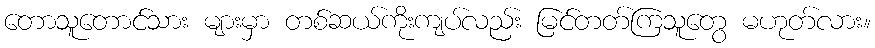
တောသူတောင်သား များမှာ တစ်ဆယ်ကိုးကျပ်လည်း မြင်တတ်ကြသူတွေ မဟုတ်လား။